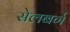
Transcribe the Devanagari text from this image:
सेलबर्ग